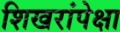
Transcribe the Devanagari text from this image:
शिखरांपेक्षा